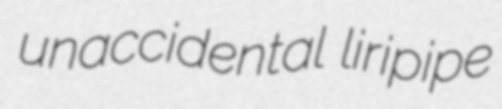
unaccidental liripipe